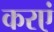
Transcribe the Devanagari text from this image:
करएं